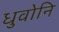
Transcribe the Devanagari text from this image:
धुवोनि